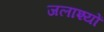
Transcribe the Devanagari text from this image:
जलाश्यों